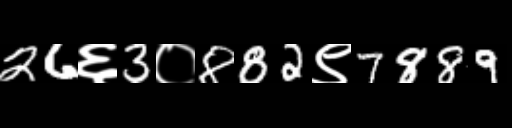
Text: 26६3०882९7889